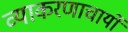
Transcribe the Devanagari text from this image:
व्याकरणाचार्यो